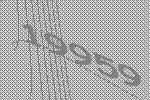
19959